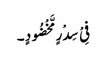
فِیْ سِدْرٍ مَّخْضُودٍ ۔